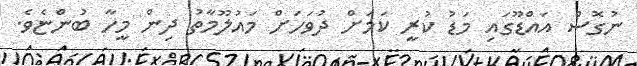
ނުގޮސް އައްޑޫގައި މަޑު ކުރީ ކަމަށް ދުވަހަށް މައުލޫމާތު ދިން މީހާ ބުންޏެވެ.